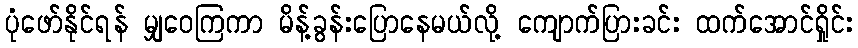
ပုံဖော်နိုင်ရန် မျှဝေကြကာ မိန့်ခွန်းပြောနေမယ်လို့ ကျောက်ပြားခင်း ထက်အောင်ရှိုင်း